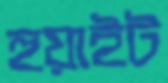
হুয়াইট